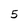
Character: 5